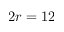
2 r = 1 2